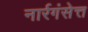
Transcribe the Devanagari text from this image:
नार्रगंसेत्त